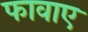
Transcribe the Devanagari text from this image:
फावाए